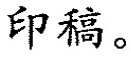
印稿。